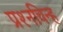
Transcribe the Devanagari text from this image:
प्रश्‍नचिन्ह